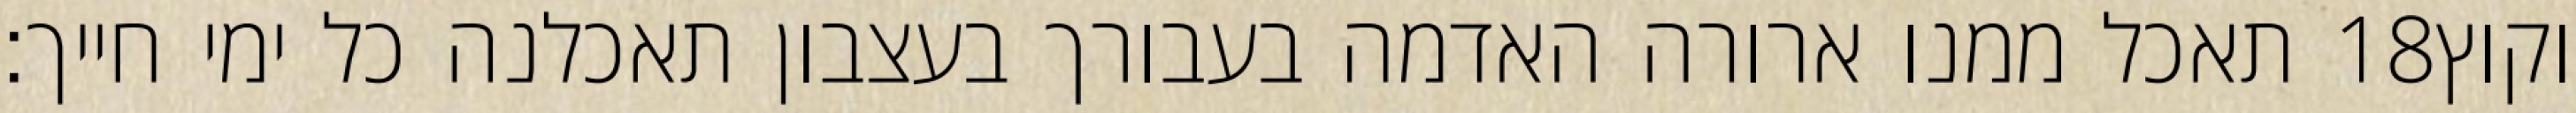
תאכל ממנו ארורה האדמה בעבורך בעצבון תאכלנה כל ימי חייך׃ ‎18‏ וקוץ